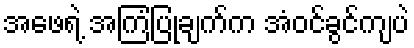
အဖေရဲ့ အကြံပြုချက်က အံဝင်ခွင်ကျပဲ